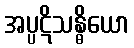
အပ္ပဋိသန္ဓိယော